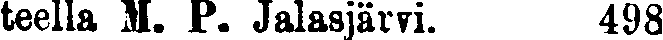
teella M. P. Jalasjärvi. 498